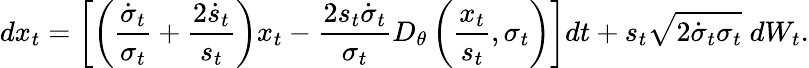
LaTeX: dx_{t}=\left[\left(\frac{\dot{\sigma}_{t}}{\sigma_{t}}+\frac{2\dot{s}_{t}}{s_{t}}\right)x_{t}-\frac{2s_{t}\dot{\sigma}_{t}}{\sigma_{t}}D_{\theta}\left(\frac{x_{t}}{s_{t}},\sigma_{t}\right)\right]dt+s_{t}\sqrt{2\dot{\sigma}_{t}\sigma_{t}}\; dW_{t}.